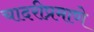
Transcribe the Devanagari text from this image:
चादरीप्रमाणे